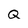
Character: Q